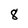
Character: 8